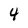
Character: 4